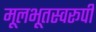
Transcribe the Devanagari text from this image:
मूलभूतस्वरूपी